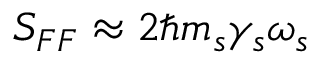
S _ { F F } \approx 2 \hbar m _ { s } \gamma _ { s } \omega _ { s }